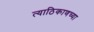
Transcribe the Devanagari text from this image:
त्याठिकाणच्या